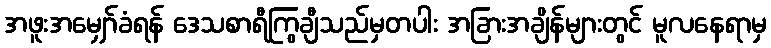
အဖူးအမျှော်ခံရန် ဒေသစာရီကြွချီသည်မှတပါး အခြားအချိန်များတွင် မူလနေရာမှ